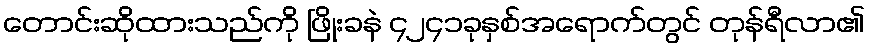
တောင်းဆိုထားသည်ကို ဖြိုးခနဲ ၄၂၄၁ခုနှစ်အရောက်တွင် တုန်ရီလာ၏